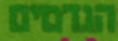
הגדמים